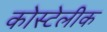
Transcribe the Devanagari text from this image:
कोस्टेलीक